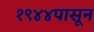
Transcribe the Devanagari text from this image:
१९४४पासून